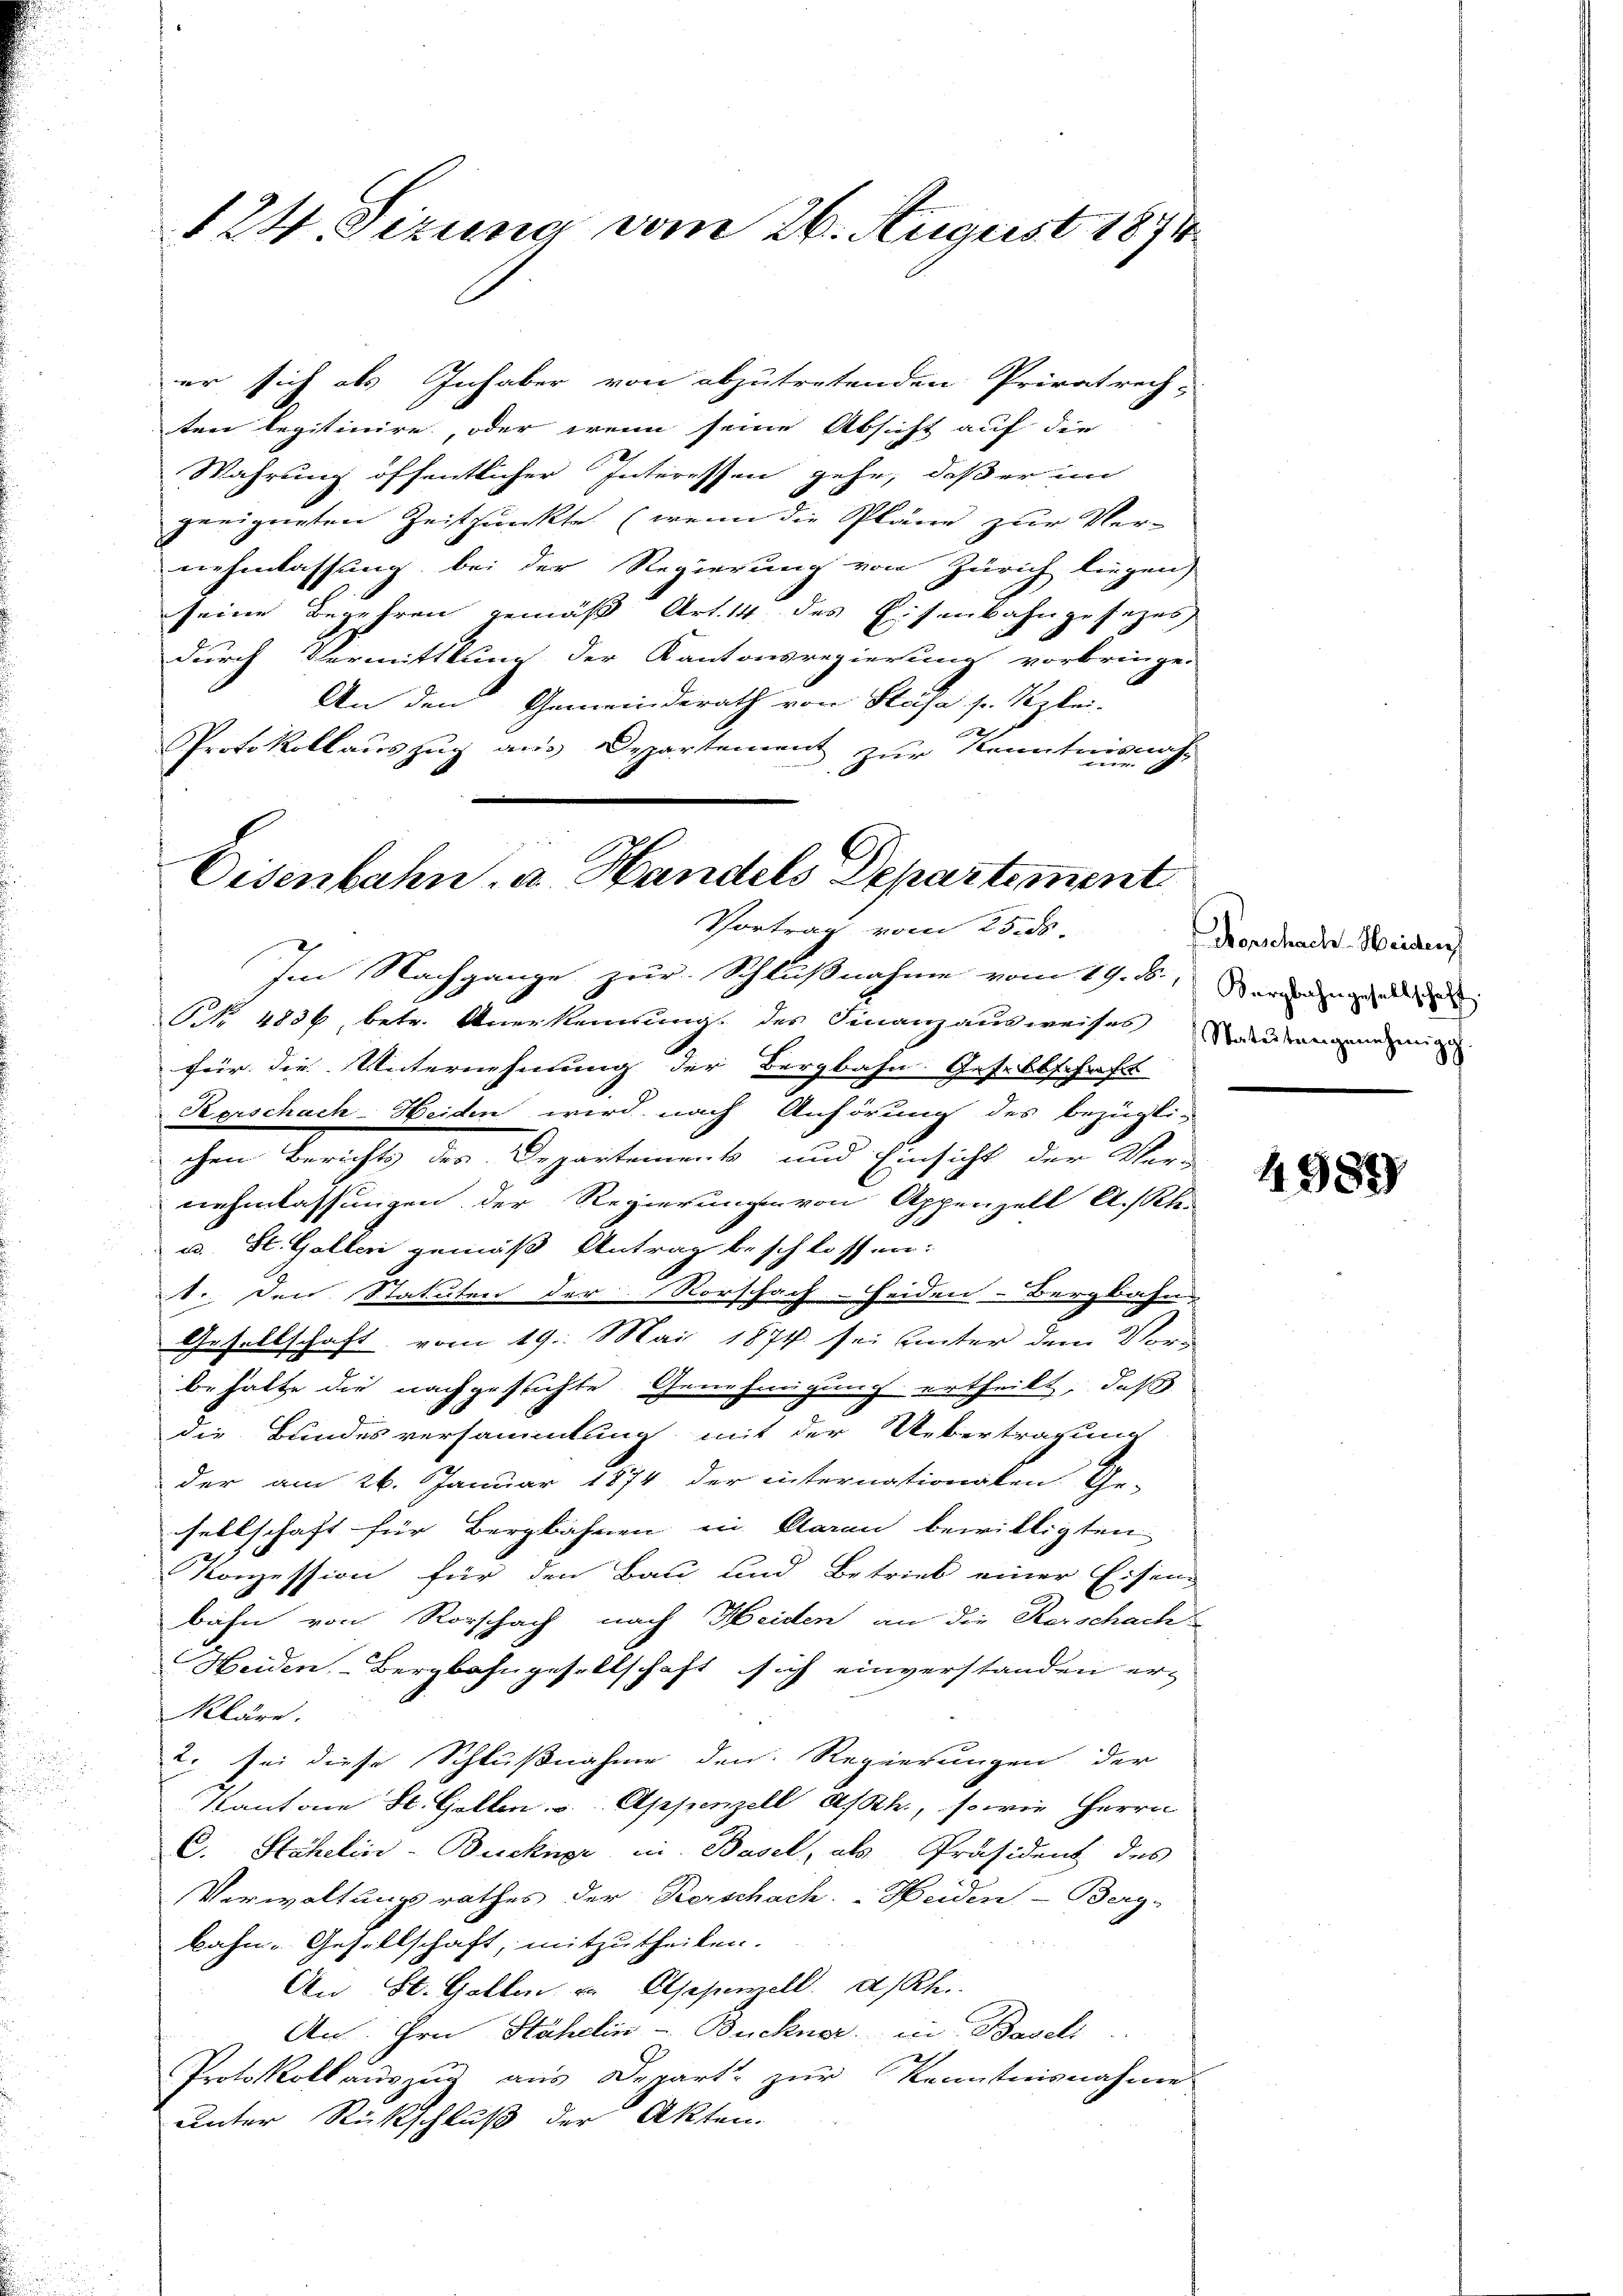
er sich als Inhaber von abzutretenden Privatrech-
ten legitinire, oder wenn seine Absicht auf die
Wahrung öffentlicher Interessen gehe, daß er im
geeigneten Zeitpunkte (wenn die Pläne zur Vernehmlassung bei der Regierung von Zürich liegen)
seine Begehren gemäß Art. 14 des Eisenbahngesezes
durch Vermittlung der Kantonsregierung vorbringe-
An den Gemeinderath von Stäfa s. Rzlei-
Protokollauszug aus Departement zur Kenntnisnah¬

124. Sizung vom 26. August 1874

Eisenbahn. a. Handels Departement
Vortrag vom 25. ds.

Im Nachgange zur Schlußnahme vom 19. b., Verzeug
NNo. 4836, betr. Anerkennung des Finanzausweises andangeneig
für die Unternehmung der Bergbahn. Gesellschaft
Kerschach-Heiden wird nach Anhörung des bezügli-
chen Berichts des Departement und Einsicht der Ver-
nehmlassungen der Regierungen von Appenzell A. Ste-
u. St. Gallen gemäß Antrag beschlossen:
2
tr. den Statuten der Vorschach-Heiden-Bergbahn
Gesellschaft vom 19. Mai 1874 sei unter dem Vor-
behalte die nachgesichte Genehmigung ertheilt, daß
die Bundesversammlung mit der Uebertragung
der am 26. Januar 1874 der internationalen Ge-
sellschaft für Bergbahnen in Aarau bewilligten
2
Konzession für den Bau und Betrieb einer Eisen-
bahn von Rorschach nach Heiden an die Kerschach
Heiden Bergbahngesellschaft sich einverstanden er-
kläre.
. sei diese Schlußnahme den Regierungen der
Kantone St. Gallen u. Appenzell A/Rh., so wie Herrn
C. Stähelin-Buckige in Basel, als Präsident des
Verwaltungsrathes der Kerschach. Heiden-Berg-
kahn- Gesellschaft, mitzutheilen.
An St. Gallen u. Alsepenzell a/Rh.
An Hrn Stähelin - Buckner in Basell
Protokoll aŭszŭg aŭs Depart zŭr Kenntnisnahme
unter Rückschluß der Akten.

Forschach Heiden

4989